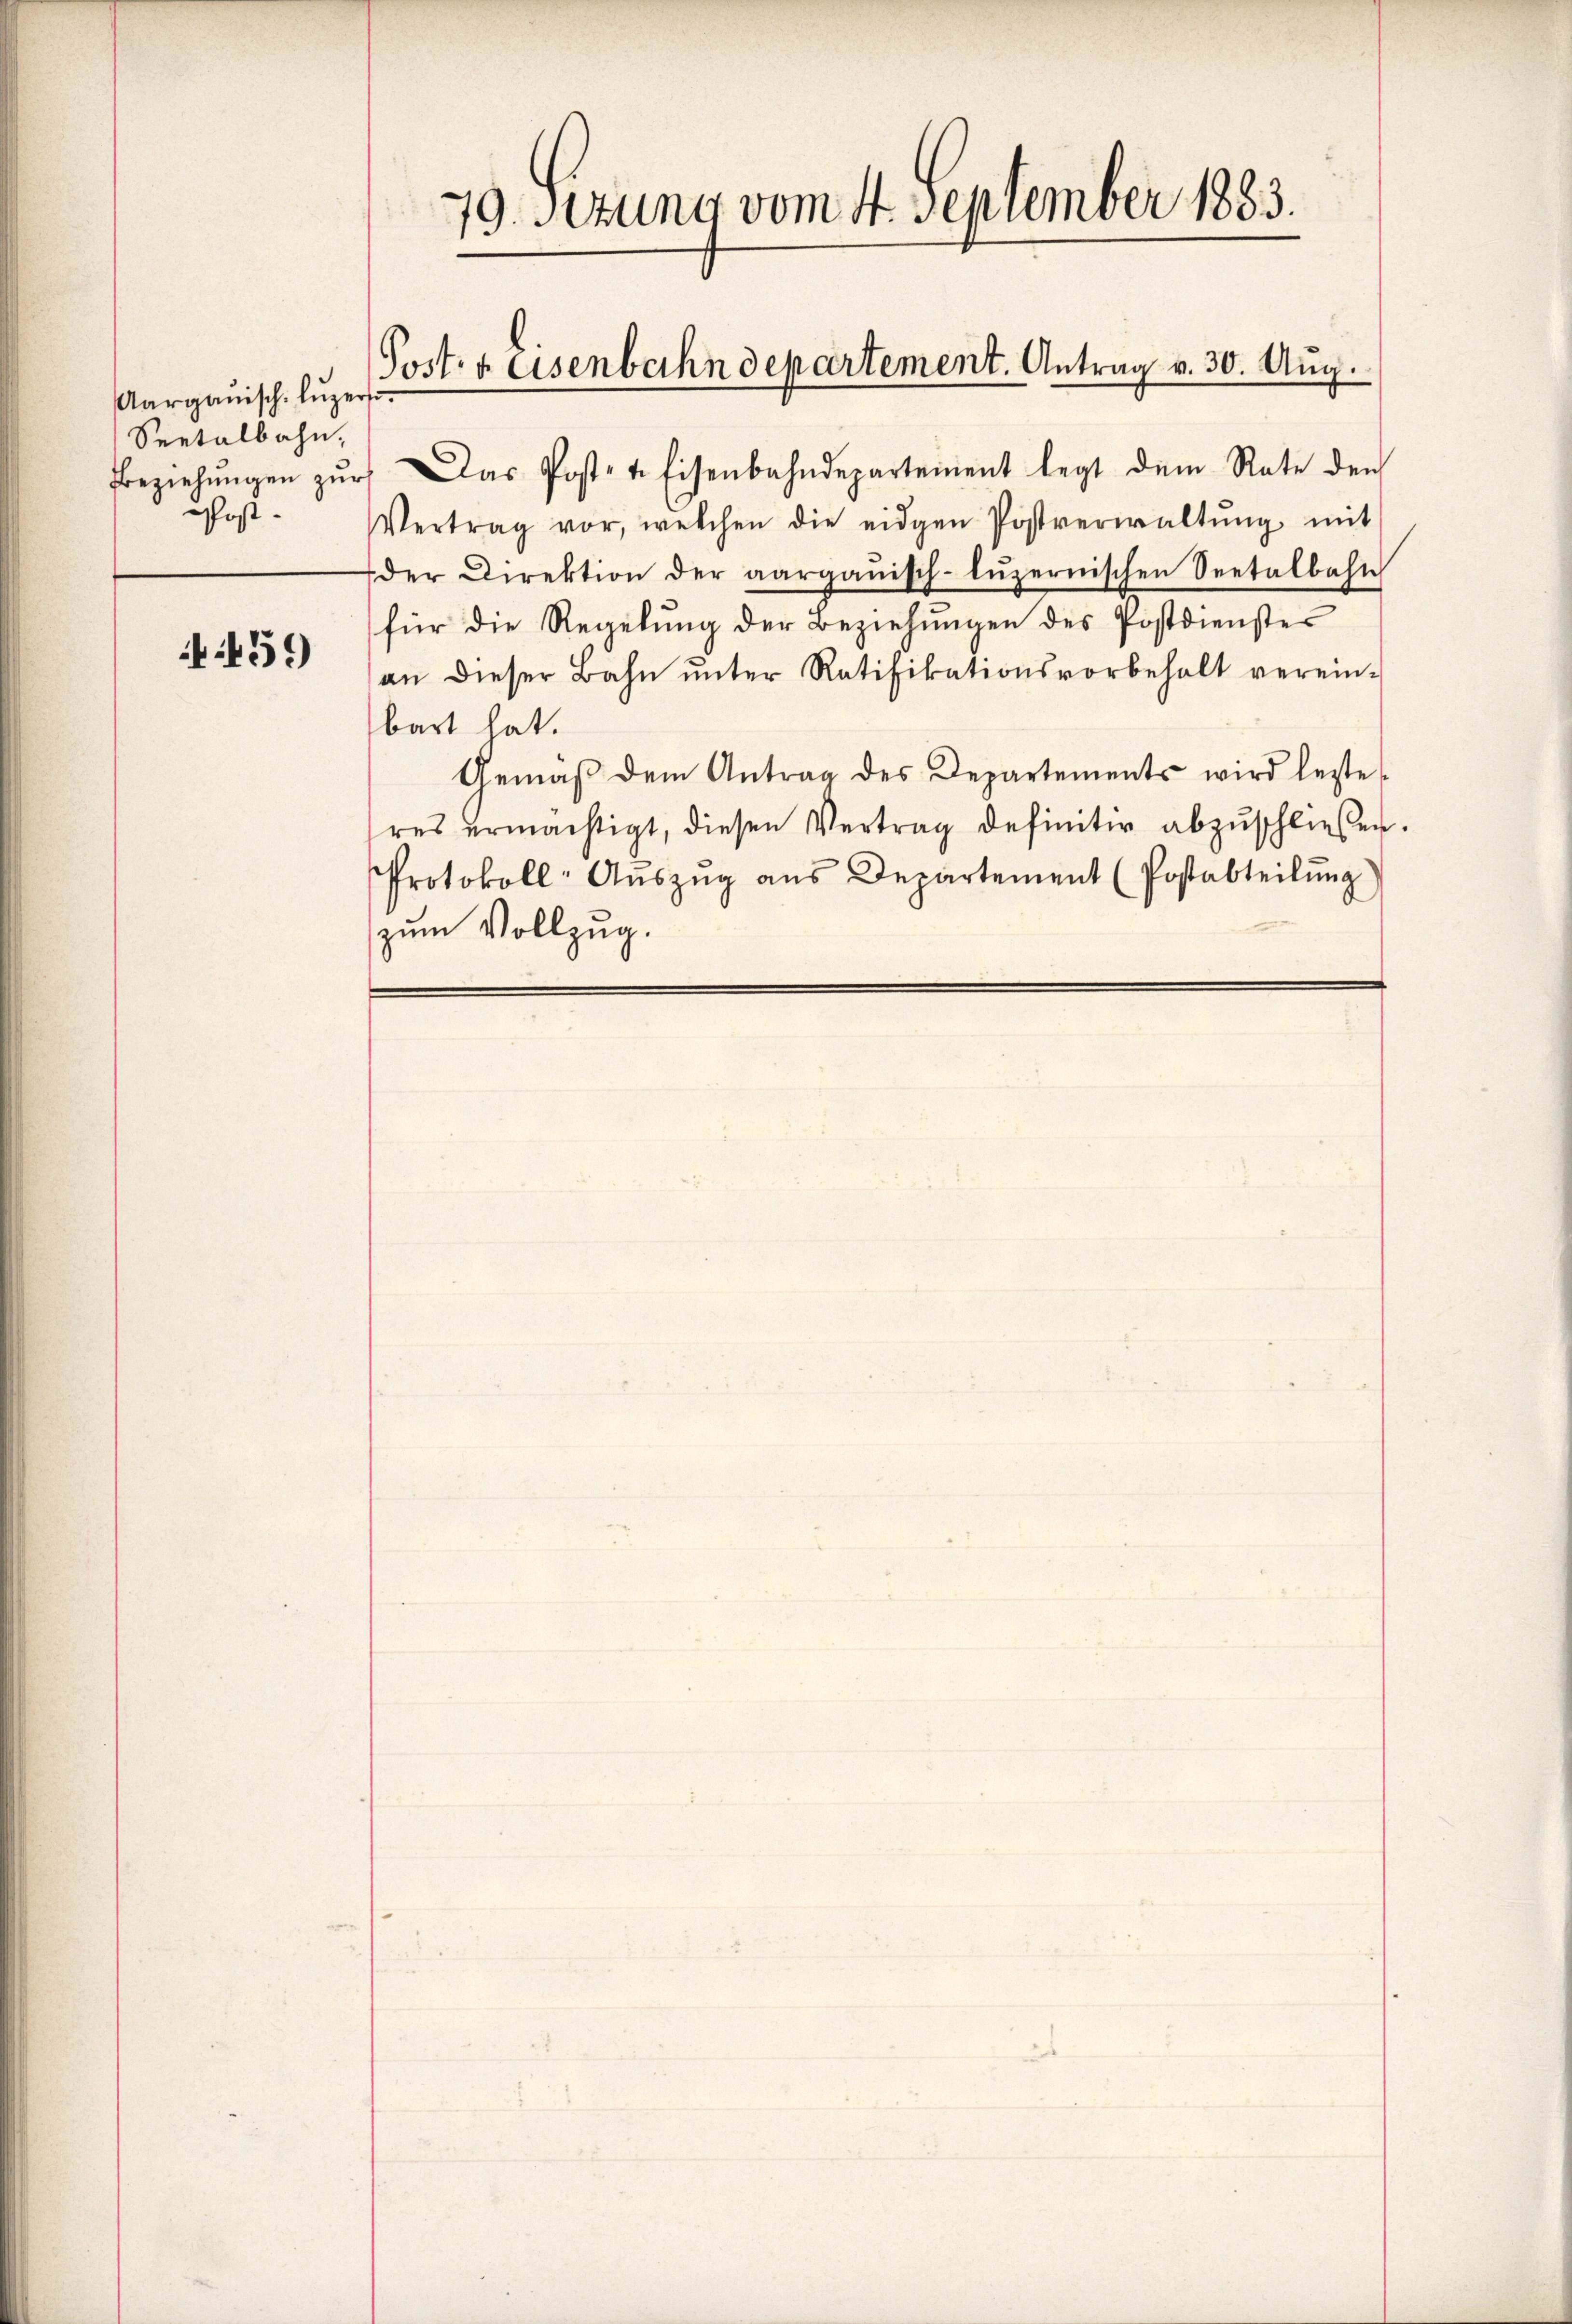
Aargauisch. Lŭzer
Seetalbahn,
Post-

59

79. Sitzung vom 4. September 1883.

Beziehŭngen zŭr das Post- & Eisenbahndepartement legt dem Rate den
Vertrag vor, welchen die eidgen Postverwaltŭng mit
der Direktion der aargauisch-lŭzernischen Seetalbahn
für die Regelŭng der Beziehŭngen des Postdienstes
an dieser Bahn ŭnter Ratifikationsvorbehalt verein-
bart hat.
Gemäβ dem Antrag des Departements wird lezte
hres ermächtigt, diesen Vertrag definitiv abzŭschließen.
Protokoll-Aŭszŭg aŭs Departement (Postabteilŭng)
zum Vollzug.

Post. v. Eisenbahndepartement. Antrag v. 30. Aug.